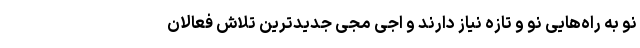
نو به راه‌هایی نو و تازه نیاز دارند و اجی مجی جدیدترین تلاش فعالان